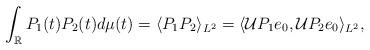
LaTeX: \begin{align*}\int_\mathbb{R}P_1(t)P_2(t)d\mu(t)=\langle P_1P_2\rangle_{L^2}= \langle {\cal{U}}P_1e_0,{\cal{U}}P_2e_0\rangle_{L^2},\end{align*}